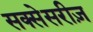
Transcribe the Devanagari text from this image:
सक्सेसरीज़